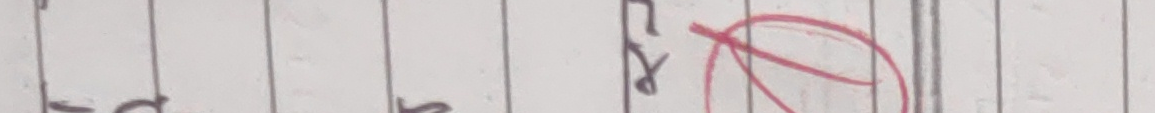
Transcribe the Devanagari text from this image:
तथ